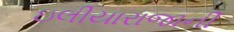
ઇલીયારાજાની